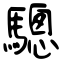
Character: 驄